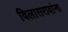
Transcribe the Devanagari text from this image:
विलासरावांना